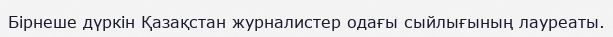
Бірнеше дүркін Қазақстан журналистер одағы сыйлығының лауреаты.